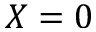
X = 0